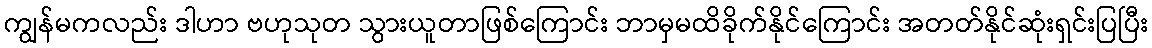
ကျွန်မကလည်း ဒါဟာ ဗဟုသုတ သွားယူတာဖြစ်ကြောင်း ဘာမှမထိခိုက်နိုင်ကြောင်း အတတ်နိုင်ဆုံးရှင်းပြပြီး